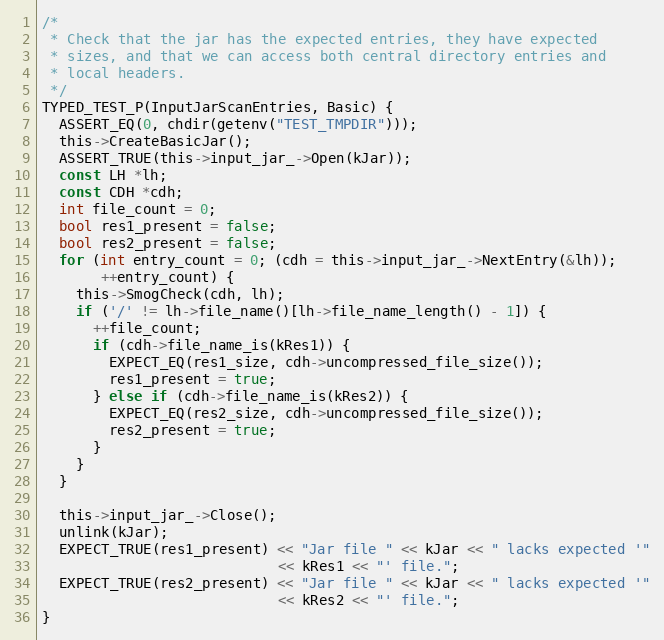
Language: C
/*
 * Check that the jar has the expected entries, they have expected
 * sizes, and that we can access both central directory entries and
 * local headers.
 */
TYPED_TEST_P(InputJarScanEntries, Basic) {
  ASSERT_EQ(0, chdir(getenv("TEST_TMPDIR")));
  this->CreateBasicJar();
  ASSERT_TRUE(this->input_jar_->Open(kJar));
  const LH *lh;
  const CDH *cdh;
  int file_count = 0;
  bool res1_present = false;
  bool res2_present = false;
  for (int entry_count = 0; (cdh = this->input_jar_->NextEntry(&lh));
       ++entry_count) {
    this->SmogCheck(cdh, lh);
    if ('/' != lh->file_name()[lh->file_name_length() - 1]) {
      ++file_count;
      if (cdh->file_name_is(kRes1)) {
        EXPECT_EQ(res1_size, cdh->uncompressed_file_size());
        res1_present = true;
      } else if (cdh->file_name_is(kRes2)) {
        EXPECT_EQ(res2_size, cdh->uncompressed_file_size());
        res2_present = true;
      }
    }
  }

  this->input_jar_->Close();
  unlink(kJar);
  EXPECT_TRUE(res1_present) << "Jar file " << kJar << " lacks expected '"
                            << kRes1 << "' file.";
  EXPECT_TRUE(res2_present) << "Jar file " << kJar << " lacks expected '"
                            << kRes2 << "' file.";
}